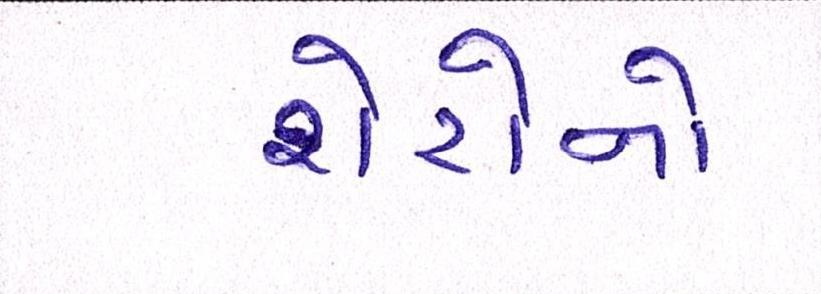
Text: શેરોનો